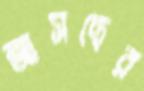
আসছের